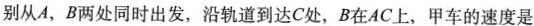
别从A，B两处同时出发，沿轨道到达C处，B在AC上，甲车的速度是